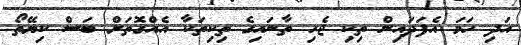
އަދި ހަމަ އެފަދައިން ތިކި ޖެހި ތާނައިގެ ތިކިތަކާ އެއްގޮތަށް ބަސް ކިޔޭތޯ